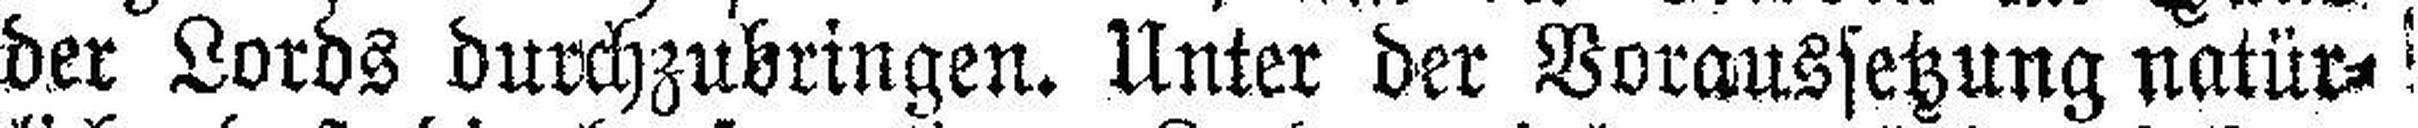
der Lords durchzubringen. Unter der Voraussetzung natür¬